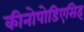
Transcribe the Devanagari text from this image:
कीनोपोडिएसिइ